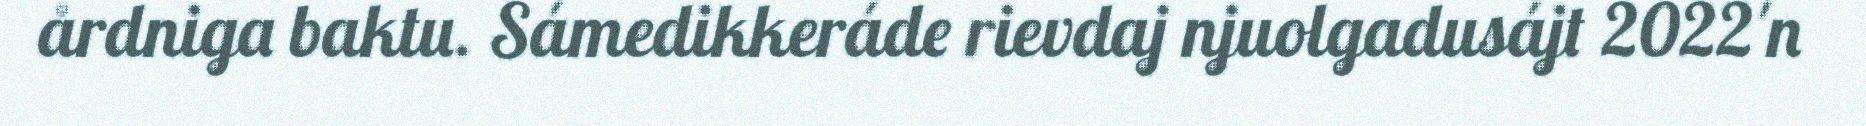
årdniga baktu. Sámedikkeráde rievdaj njuolgadusájt 2022'n